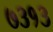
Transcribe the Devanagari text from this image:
७३१३